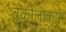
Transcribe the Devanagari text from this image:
वृकोलाकास